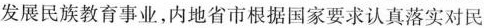
发展民族教育事业，内地省市根据国家要求认真落实对民